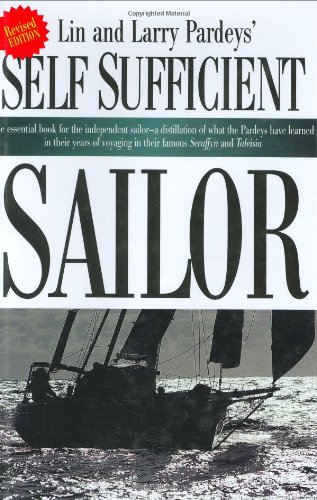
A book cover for Self Sufficient Sailor; Lin Pardey; Sports & Outdoors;